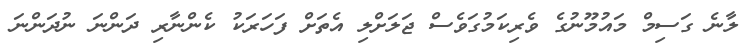
ލާނެ ގަަސިމް މައުމޫނުގެ ވެރިކަމުގަވެސް ޖަލަށްލި އެތަށް ފަހަރަކު ކެންނާރި ދަންނަ ނުދަންނަ